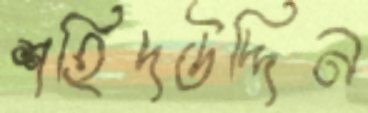
শহিদউদ্দিন